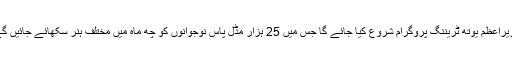
وزیراعظم یوتھ ٹریننگ پروگرام شروع کیا جائے گا جس میں 25 ہزار مڈل پاس نوجوانوں کو چھ ماہ میں مختلف ہنر سکھائے جائیں گے۔